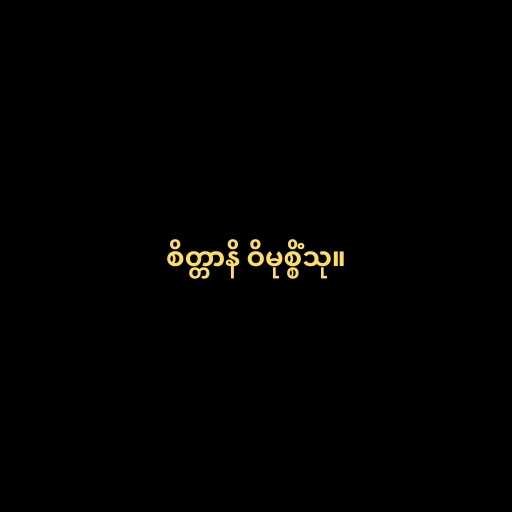
စိတ္တာနိ ဝိမုစ္စိံသု။